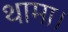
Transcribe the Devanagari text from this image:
थामा।